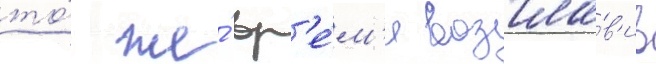
то́ же́ вр'е́м'я возгла́в'ив